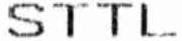
STTL